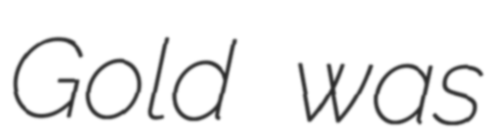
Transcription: Gold was